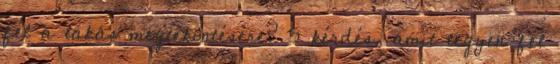
fel a lakás megtekintésére? 5 kérdés, amit tegyen fel